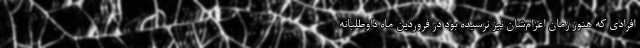
افرادی که هنوز زمان اعزام‌شان نیز نرسیده بود در فروردین ماه داوطلبانه